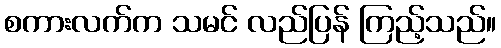
စကားလက်က သမင် လည်ပြန် ကြည့်သည်။